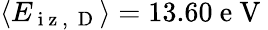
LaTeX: \left\langle E_{\mathrm{~i~z~,~}\mathrm{~D~}}\right\rangle=13.60\mathrm{~e~V~}